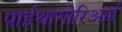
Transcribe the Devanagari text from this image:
पाईथागोरिआई